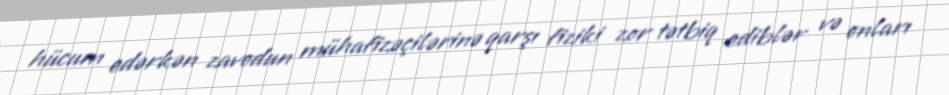
hücum edərkən zavodun mühafizəçilərinə qarşı fiziki zor tətbiq ediblər və onları